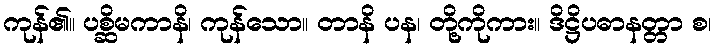
ကုန်၏။ ပစ္ဆိမကာနိ၊ ကုန်သော။ တာနိ ပန၊ တို့ကိုကား။ ဒိဋ္ဌိပဓာနတ္တာ စ၊